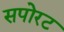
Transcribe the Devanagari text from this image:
सपोरट